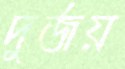
দুর্জয়